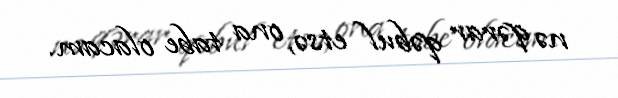
nə qərar qəbul etsə, ona tabe olacam.